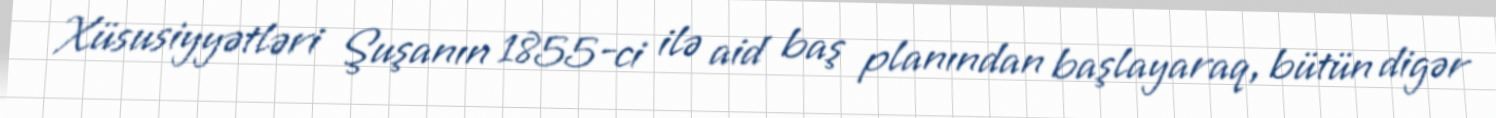
Xüsusiyyətləri Şuşanın 1855-ci ilə aid baş planından başlayaraq, bütün digər